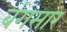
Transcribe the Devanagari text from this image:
बंगसार